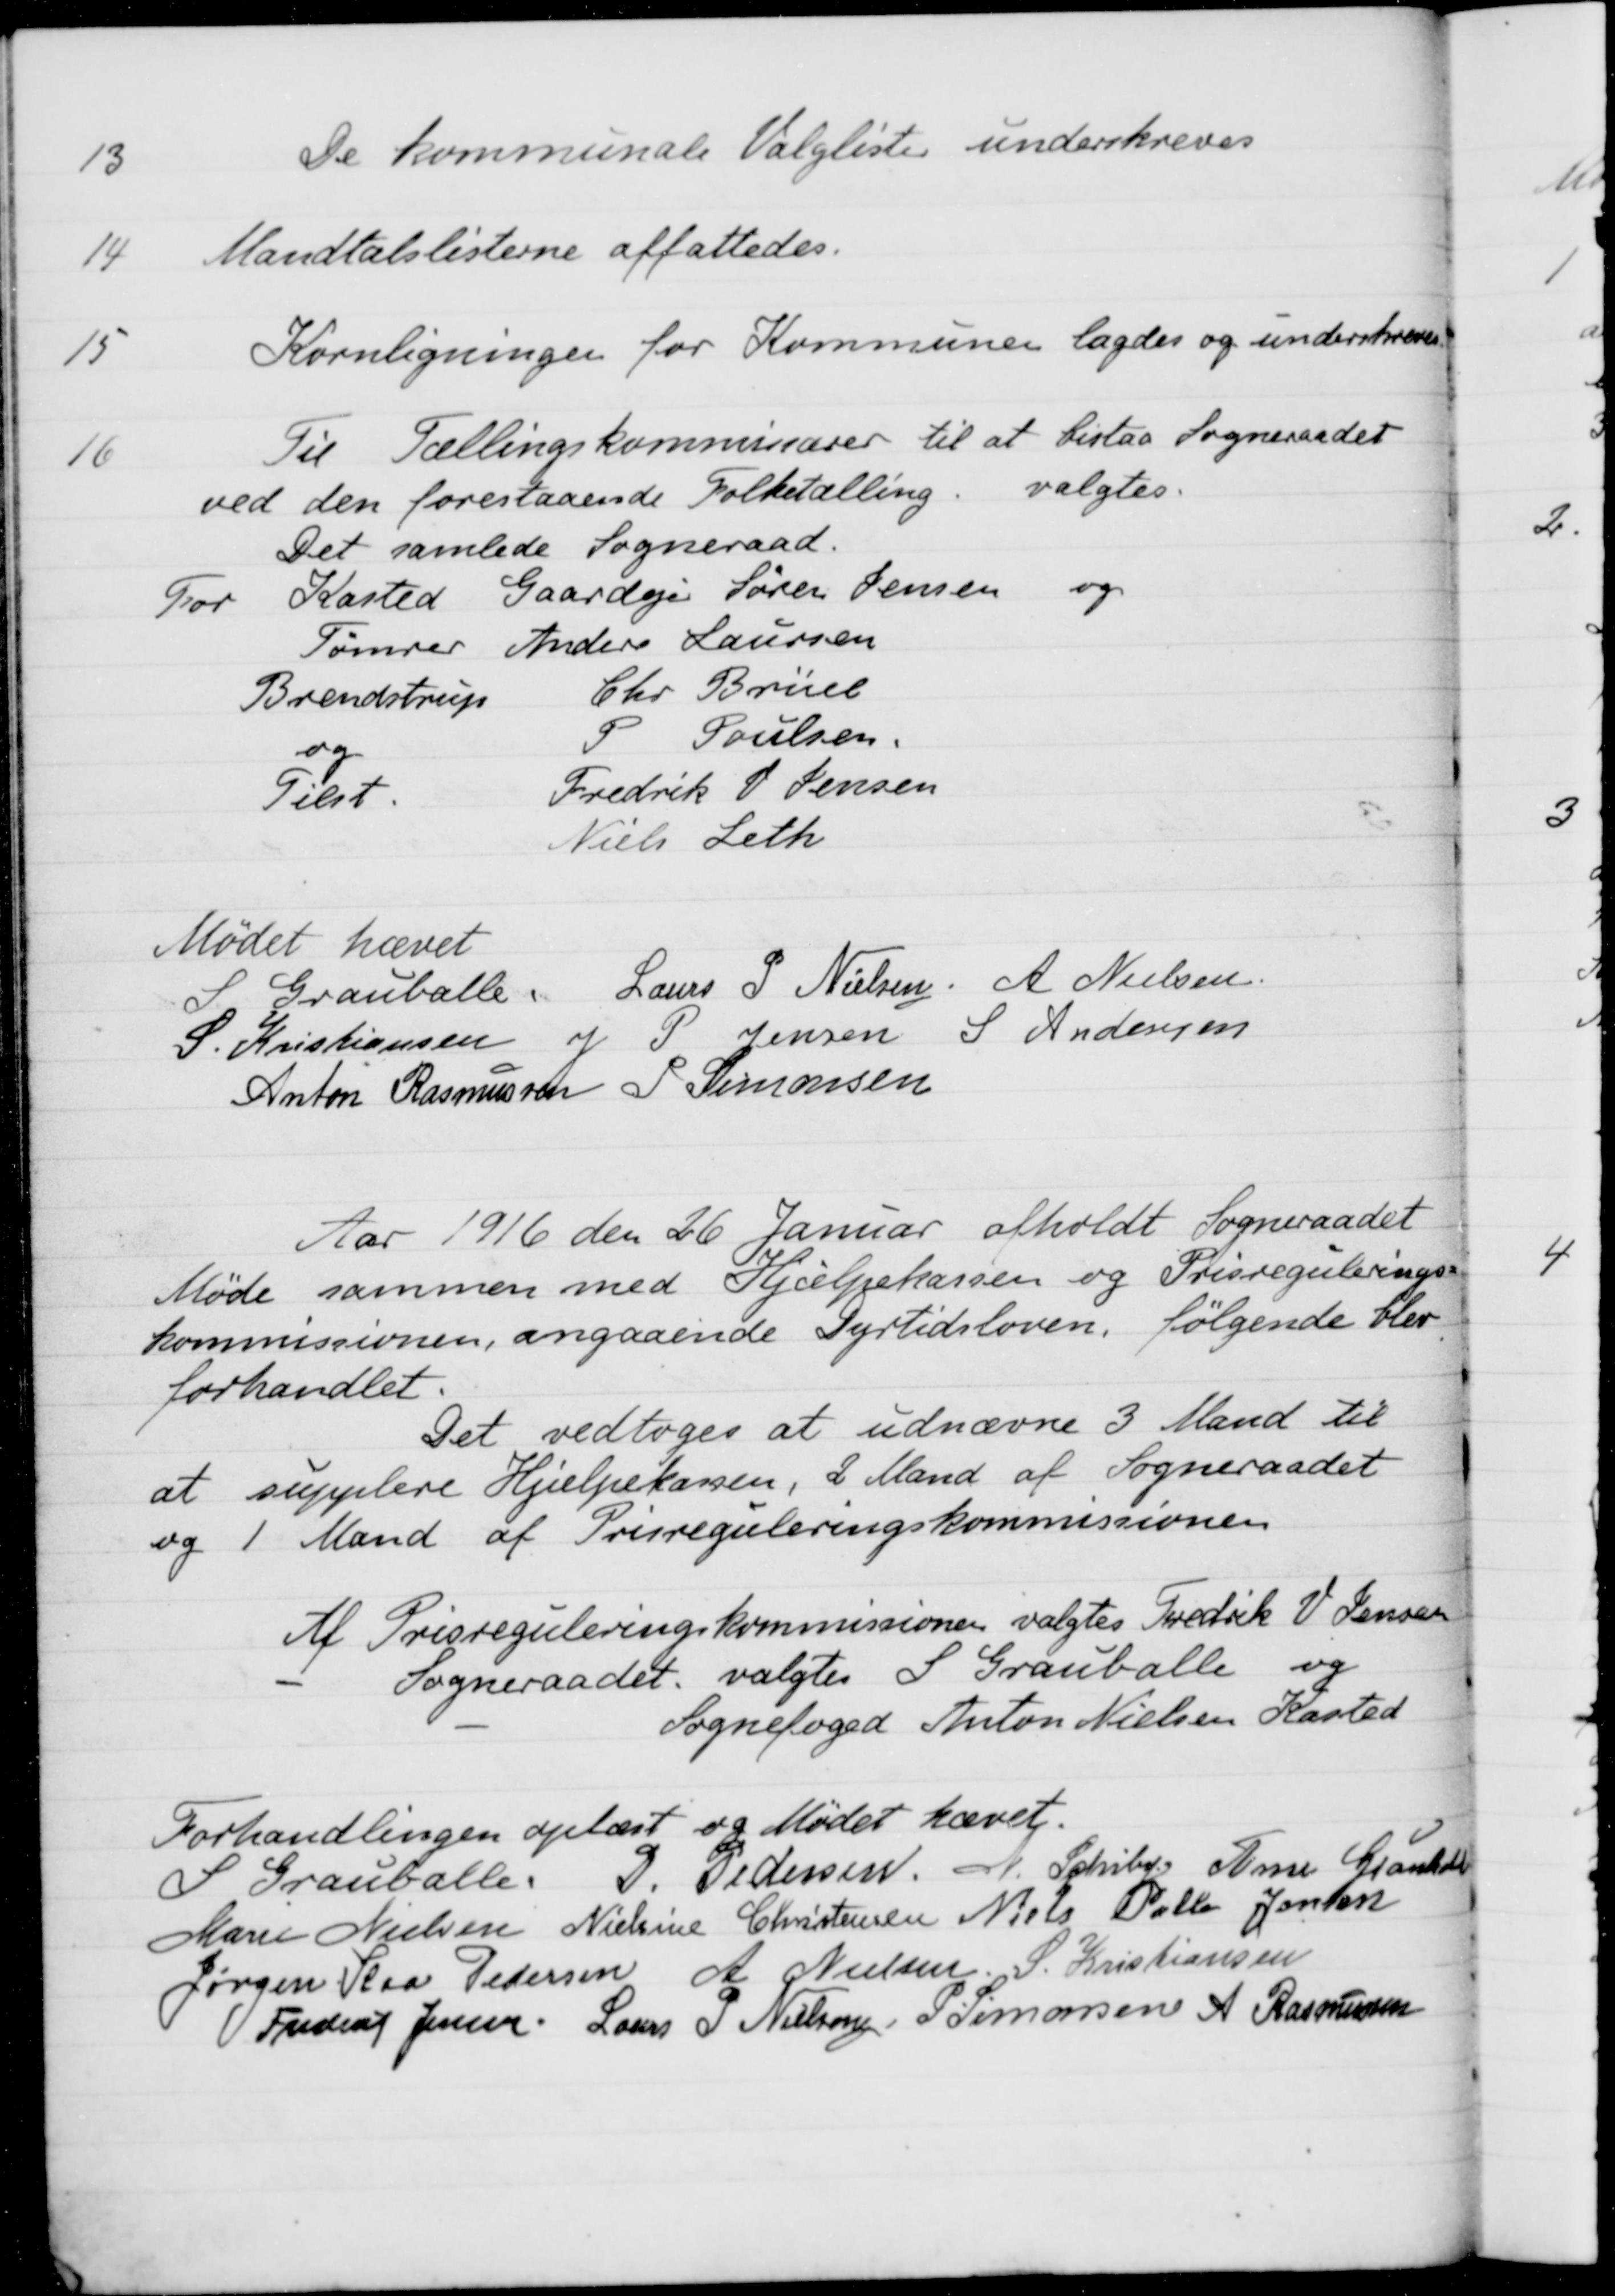
Transskription:
13
De kommunale Valglister underskreves
14
Mandtalslisterne affattedes.
15
Kornligninger for Kommunen lagdes og underskreves
16
Til Tællingskommissærer til at bistaa Sogneraadet
ved den forestaaende Folketælling. valgtes.
Det samlede Sogneraad.
For Kasted Gaardejer Søren Jensen og
Tømrer Anders Laursen
Brendstrup
Chr. Brüel
og
P Poulsen
Tilst
redrik V. Jensen
Niels Leth
Mødet hævet
S Grauballe.
Laus P. Nielsen
A. Nielsen
S. Kristiansen
J P. Jensen
S Andersen
Anton Rasmussen
P. Simonsen
Aar 1916 den 26 Januar afholdt Sogneraadet
Møde sammen med Hjælpekassen og Prisregulerings
kommissionen, angaaende Dyrtidsloven, følgende blev
forhandlet.
Det vedtoges at udnævne 3 Mand til
at supplere Hjælpekassen, 2 Mand af Sogneraadet
og 1 Mand af Prisreguleringskommissionen
Af Prisreguleringskommissionen valgtes Fredrik V. Jensen
Sogneraadet valgtes S. Grauballe og
Sognefoged Anton Nielsen Kasted
Forhandlingen oplæst og Mødet hævet.
S Grauballe
P. Pedersen
A. Schiby
Arne Granholdt
Marie Nielsen
Nielsine Christensen
Niels Palle Jensen
Jørgen Kaa Pedersen
A. Nielsen
S. Kristiansen
Frederik Jensen
Laurs P Nielsen
P Simonsen
A Rasmussen